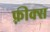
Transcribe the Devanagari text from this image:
फ़्रीक्स